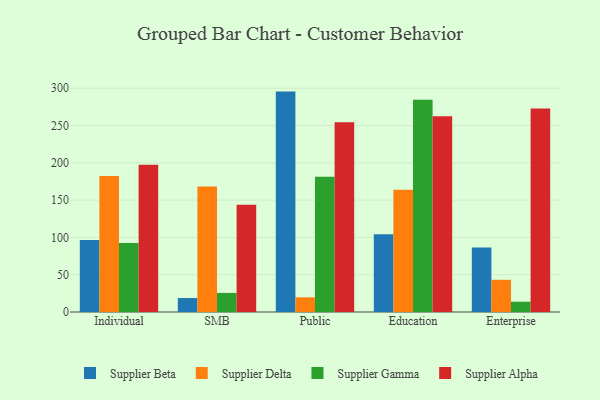
{"axis": {"x": "Segment", "y": "Page Views"}, "legend": ["Supplier Alpha", "Supplier Beta", "Supplier Delta", "Supplier Gamma"], "data": [{"x": "Individual", "y": 96.4, "type": "Supplier Beta"}, {"x": "Individual", "y": 182.3, "type": "Supplier Delta"}, {"x": "Individual", "y": 92.6, "type": "Supplier Gamma"}, {"x": "Individual", "y": 197.3, "type": "Supplier Alpha"}, {"x": "SMB", "y": 18.7, "type": "Supplier Beta"}, {"x": "SMB", "y": 168.1, "type": "Supplier Delta"}, {"x": "SMB", "y": 25.6, "type": "Supplier Gamma"}, {"x": "SMB", "y": 143.7, "type": "Supplier Alpha"}, {"x": "Public", "y": 295.5, "type": "Supplier Beta"}, {"x": "Public", "y": 19.7, "type": "Supplier Delta"}, {"x": "Public", "y": 181.4, "type": "Supplier Gamma"}, {"x": "Public", "y": 254.3, "type": "Supplier Alpha"}, {"x": "Education", "y": 104.3, "type": "Supplier Beta"}, {"x": "Education", "y": 164.0, "type": "Supplier Delta"}, {"x": "Education", "y": 284.6, "type": "Supplier Gamma"}, {"x": "Education", "y": 262.5, "type": "Supplier Alpha"}, {"x": "Enterprise", "y": 86.6, "type": "Supplier Beta"}, {"x": "Enterprise", "y": 43.2, "type": "Supplier Delta"}, {"x": "Enterprise", "y": 13.8, "type": "Supplier Gamma"}, {"x": "Enterprise", "y": 273.0, "type": "Supplier Alpha"}]}